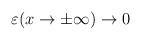
LaTeX: \begin{align*}\varepsilon (x\rightarrow \pm \infty )\rightarrow 0\end{align*}